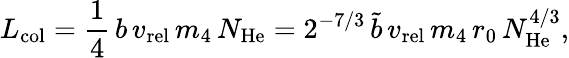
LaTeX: L_{\mathrm{col}}=\frac{1}{4}\, b\, v_{\mathrm{rel}}\, m_{4}\, N_{\mathrm{He}}=2^{-7/3}\, \tilde{b}\, v_{\mathrm{rel}}\, m_{4}\, r_{0}\, N_{\mathrm{He}}^{4/3},